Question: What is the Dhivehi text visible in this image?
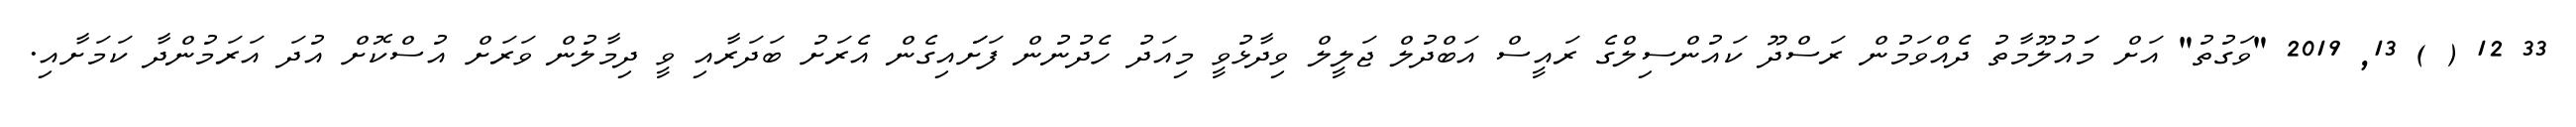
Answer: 33 12 ( ) 13, 2019 "ވަގުތު" އަށް މަައުލޫމާތު ދެއްވަމުން ރަސްދޫ ކައުންސިލްގެ ރައީސް އަބްދުލް ޖަލީލް ވިދާޅުވީ މިއަދު ހެދުނުން ފަށަައިގެން އެރަށު ބަދަރާއި ވީ ދިމާލުން ވަރަށް އުސްކޮށް އުދަ އަރަމުންދާ ކަމަށާއި.